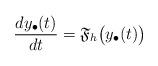
LaTeX: \begin{align*}\frac{dy_\bullet(t)}{dt} = \frak{F}_h\big(y_\bullet(t)\big)\end{align*}